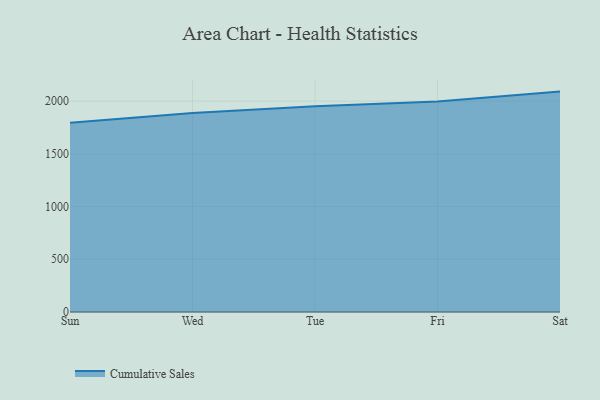
{"axis": {"x": "Day", "y": "Bounce Rate (%)"}, "legend": ["Cumulative Sales"], "data": [{"x": "Sun", "y": 1795.0, "type": "Cumulative Sales"}, {"x": "Wed", "y": 1887.0, "type": "Cumulative Sales"}, {"x": "Tue", "y": 1950.7, "type": "Cumulative Sales"}, {"x": "Fri", "y": 1995.3, "type": "Cumulative Sales"}, {"x": "Sat", "y": 2090.2, "type": "Cumulative Sales"}]}